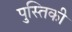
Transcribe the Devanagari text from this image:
पुस्तिकी